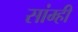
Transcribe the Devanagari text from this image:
सांम्ही